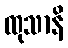
ထုသာနိ